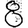
Digit: 8